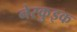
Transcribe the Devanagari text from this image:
नेस्कुइक